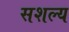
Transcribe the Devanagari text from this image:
सशल्य